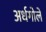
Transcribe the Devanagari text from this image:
अर्धगोले